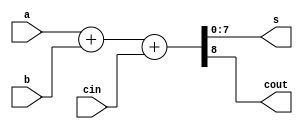
`timescale 1ns / 1ps
//////////////////////////////////////////////////////////////////////////////////
// Company: 
// Engineer: 
// 
// Design Name: 
// Module Name: adder
// Project Name: 
// Target Devices: 
// Tool Versions: 
// Description: 
// 
// Dependencies: 
// 
// Revision:
// Revision 0.01 - File Created
// Additional Comments:
// 
//////////////////////////////////////////////////////////////////////////////////


module adder#(parameter N = 8)(a,b,cin,s,cout);
input [N-1:0]a,b;
input cin;
output [N-1:0]s;
output cout;

assign {cout,s} = a+b+cin;

endmodule